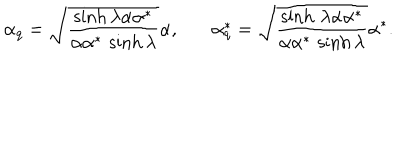
\alpha _ { q } = \sqrt { \frac { \sinh \lambda \alpha \alpha ^ { * } } { \alpha \alpha ^ { * } \, \sinh \lambda } } \alpha , ~ \alpha _ { q } ^ { * } = \sqrt { \frac { \sinh \, \lambda \alpha \alpha ^ { * } } { \alpha \alpha ^ { * } \, \sinh \lambda } } \alpha ^ { * } .